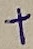
Text: +